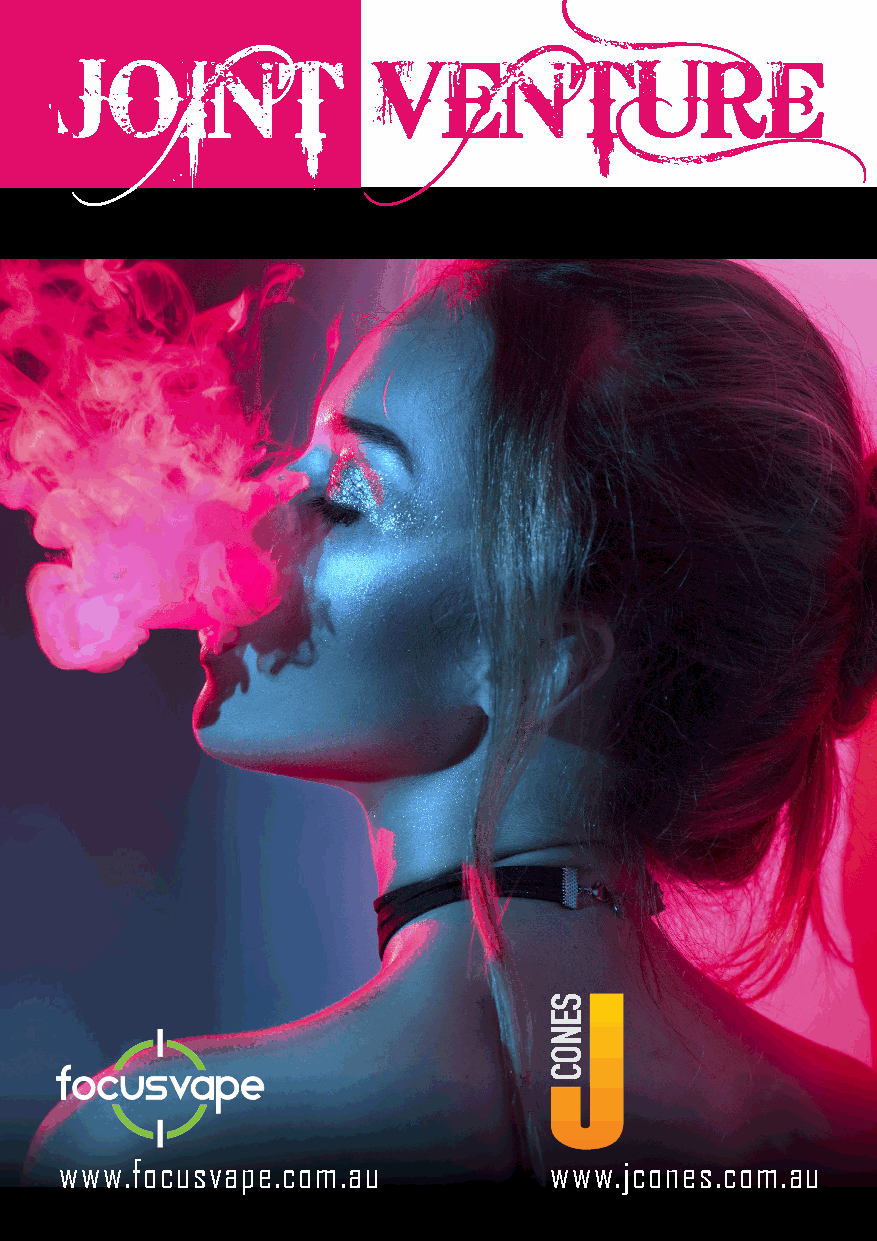
JOINT                VENTURE
 www.focusvape.com.au            www.jcones.com.au
 SENOC